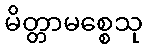
မိတ္တာမစ္စေသု